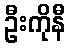
ဦးကိုနီ